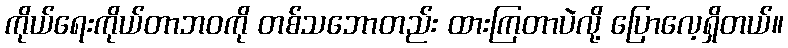
ကိုယ်ရေးကိုယ်တာဘဝကို တစ်သဘောတည်း ထားကြတာပဲလို့ ပြောလေ့ရှိတယ်။